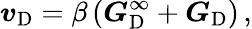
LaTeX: \boldsymbol{v}_{\mathrm{D}}=\beta\left(\boldsymbol{G}_{\mathrm{D}}^{\infty}+\boldsymbol{G}_{\mathrm{D}}\right)\, ,